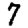
Digit: 7